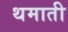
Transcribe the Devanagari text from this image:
थमाती